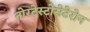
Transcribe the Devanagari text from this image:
नोरटेस्टोसेटेरोन